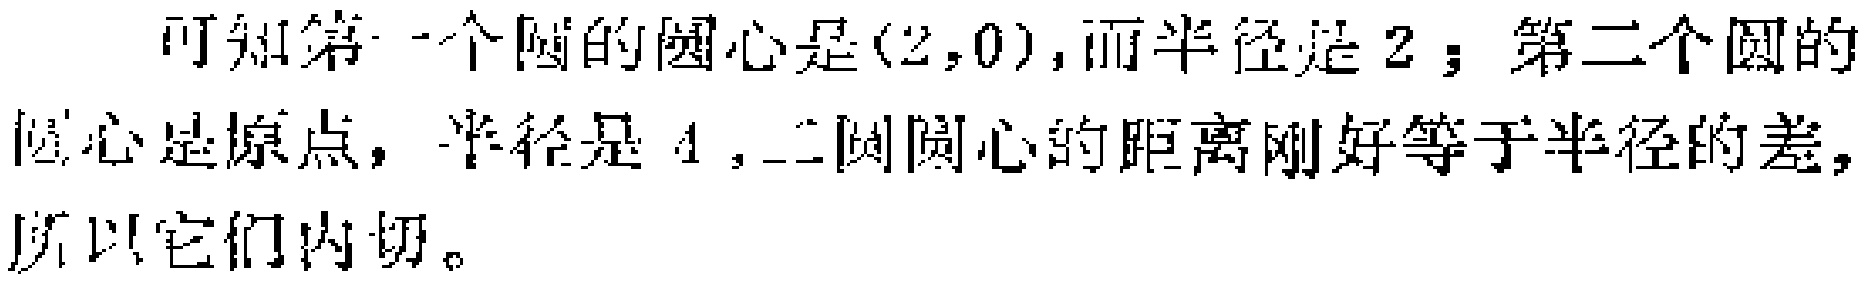
可知第一个圆的圆心是$(2,0)$,而半径是$2$；第二个圆的圆心是原点，半径是$4$, 二圆圆心的距离刚好等于半径的差, 所以它们内切。